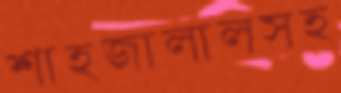
শাহজালালসহ